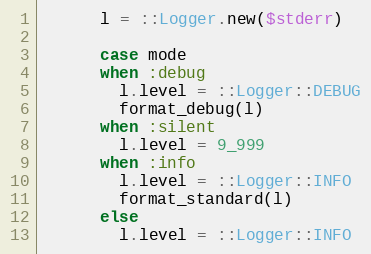
Language: Ruby
      l = ::Logger.new($stderr)

      case mode
      when :debug
        l.level = ::Logger::DEBUG
        format_debug(l)
      when :silent
        l.level = 9_999
      when :info
        l.level = ::Logger::INFO
        format_standard(l)
      else
        l.level = ::Logger::INFO